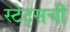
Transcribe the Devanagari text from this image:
स्टेट्सची